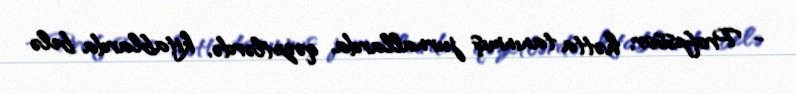
- Professor, hətta tanınmış jurnallarda, qəzetlərdə, kitablarda belə